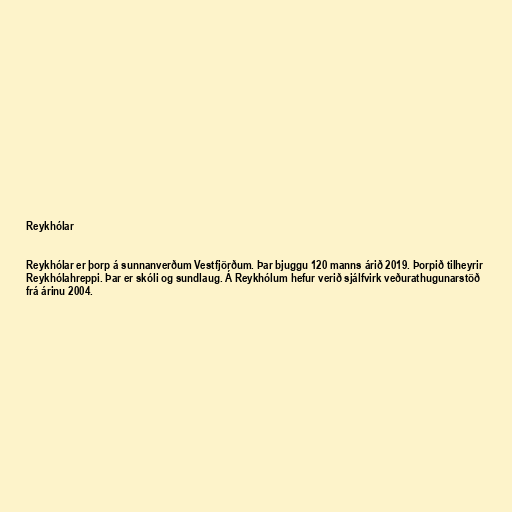
Reykhólar

Reykhólar er þorp á sunnanverðum Vestfjörðum. Þar bjuggu 120 manns árið 2019. Þorpið tilheyrir
Reykhólahreppi. Þar er skóli og sundlaug. Á Reykhólum hefur verið sjálfvirk veðurathugunarstöð
frá árinu 2004.